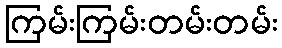
ကြမ်းကြမ်းတမ်းတမ်း